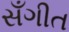
સઁગીત